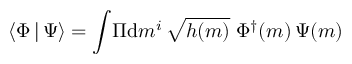
\langle \Phi \, | \, \Psi \rangle = \int \! \Pi \mathrm { d } m ^ { i } \, \sqrt { h ( m ) } \; \Phi ^ { \dagger } ( m ) \, \Psi ( m )